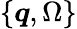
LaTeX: \{ \boldsymbol{q},\Omega\}